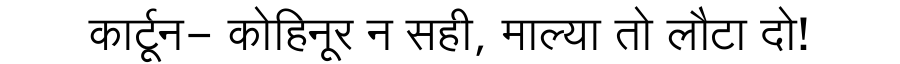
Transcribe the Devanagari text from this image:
कार्टून- कोहिनूर न सही, माल्या तो लौटा दो!